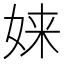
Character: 𫝫